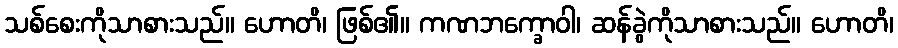
သစ်စေးကိုသာစားသည်။ ဟောတိ၊ ဖြစ်၏။ ကဏဘက္ခောဝါ၊ ဆန်ခွဲကိုသာစားသည်။ ဟောတိ၊